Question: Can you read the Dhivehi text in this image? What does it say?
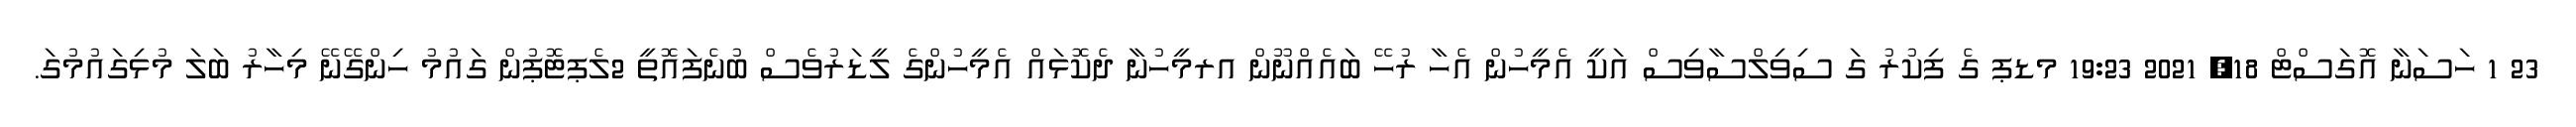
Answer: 23 1 ހަސަނާ އޮގަސްޓް 18, 2021 19:23 މޑޕ ގެ ފިކުރު ގަ ސިވިލްސާވިސް އަކީ އެމީހުން އެހާ ރުހޭ ބައެއްނޫން އރމީހުނާ ދެކޮޅައް އެމީހުންގެ ލީޑަރުވެސް ބުނެފައޮތީ 2ލެޕޓޮޕުން ގައުމު ހިންގޭނޭ މިހާރު ބަލަ މުޅިގައުމުގަ.